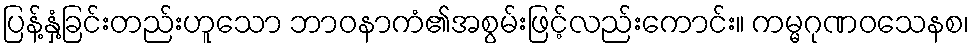
ပြန့်နှံ့ခြင်းတည်းဟူသော ဘာဝနာကံ၏အစွမ်းဖြင့်လည်းကောင်း။ ကမ္မဂုဏဝသေနစ၊